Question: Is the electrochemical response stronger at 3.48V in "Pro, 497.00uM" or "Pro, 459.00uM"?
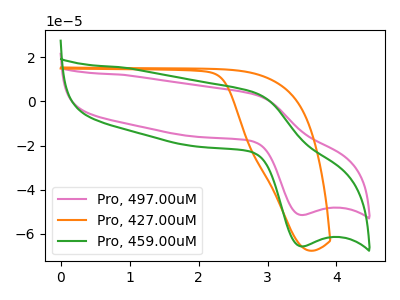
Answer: <think>The pink curve "Pro, 497.00uM" has an anodic peak at (2.85V, 3.00uA) and a cathodic peak at (3.50V, -51.40uA). The orange curve "Pro, 427.00uM" has no peaks. The green curve "Pro, 459.00uM" has an anodic peak at (2.85V, 3.85uA) and a cathodic peak at (3.50V, -65.60uA).</think>
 <answer>The peak at 3.48V is lower in "Pro, 497.00uM" than in "Pro, 459.00uM".</answer>
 <eval>lower</eval>